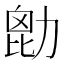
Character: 㔡